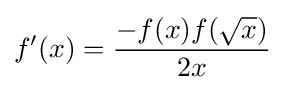
f'(x)={\frac {-f(x)f({\sqrt {x}})}{2x}}